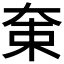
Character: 𡘝